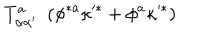
T _ { \alpha \alpha ^ { \prime } } ^ { a } \ \ ( \phi ^ { * a } \kappa ^ { \prime * } + \phi ^ { a } \kappa ^ { \prime * } )